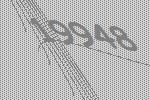
19948